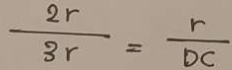
\frac { 2 r } { 3 r } = \frac { r } { D C }